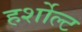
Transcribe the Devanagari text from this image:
हर्शोल्ट